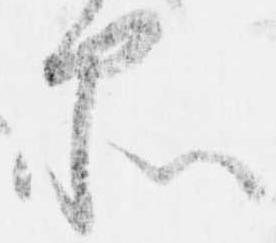
品